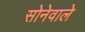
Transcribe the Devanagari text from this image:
सोनेवाले